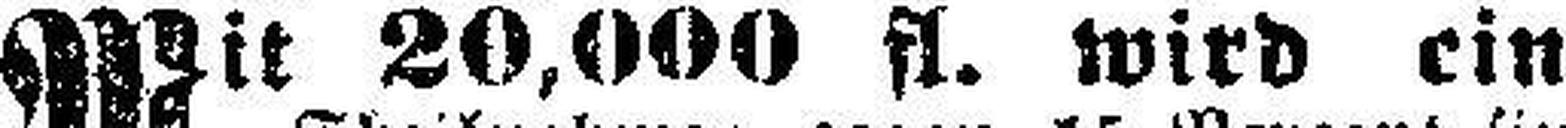
Mit 20,000 fl. wird ein